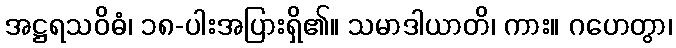
အဋ္ဌရသဝိဓံ၊ ၁၈-ပါးအပြားရှိ၏။ သမာဒါယာတိ၊ ကား။ ဂဟေတွာ၊